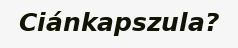
Ciánkapszula?